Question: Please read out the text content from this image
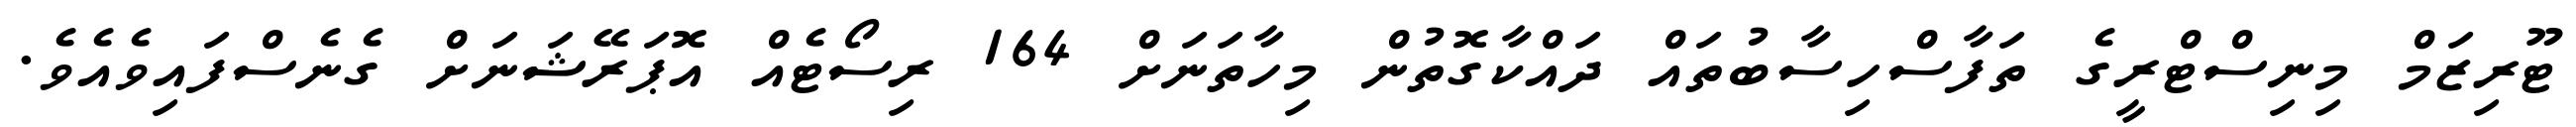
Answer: ޓޫރިޒަމް މިނިސްޓްރީގެ ތަފާސްހިސާބުތައް ދައްކާގޮތުން މިހާތަނަށް 164 ރިސޯޓެއް އޮޕަރޭޝަނަށް ގެނެސްފައިވެއެވެ.